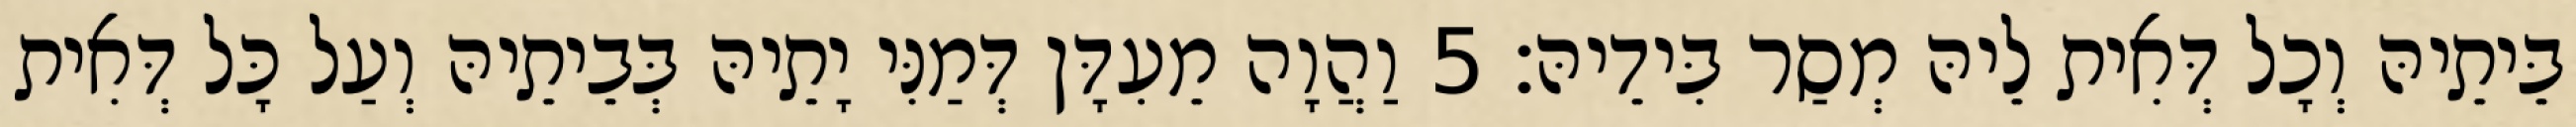
בֵּיתֵיהּ וְכָל דְּאִית לֵיהּ מְסַר בִּידֵיהּ׃ 5 וַהֲוָה מֵעִדָּן דְּמַנִּי יָתֵיהּ בְּבֵיתֵיהּ וְעַל כָּל דְּאִית